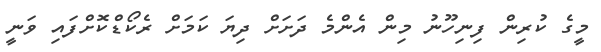
މީގެ ކުރިން ފިނިހޫނު މިން އެންމެ ދަށަށް ދިޔަ ކަމަށް ރެކޯޑްކޮށްފައި ވަނީ